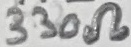
Text: 330Ω